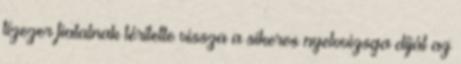
tízezer fiatalnak térítette vissza a sikeres nyelvvizsga díját az